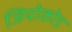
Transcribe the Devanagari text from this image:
जियोकोड